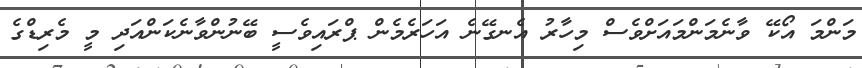
މަންމަ އޯކޭ ވާނެމަންމައަށްވެސް މިހާރު އެނގޭނެ އަހަރެމެން ޕްރައިވެސީ ބޭނުންވާނެކަންއަދި މީ މެރިޑްގެ